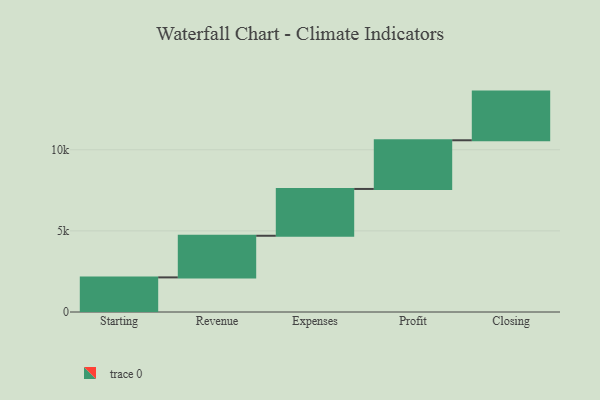
{"axis": {"x": "Step", "y": "Value"}, "legend": [""], "data": [{"x": "Starting", "y": 2133.0, "type": ""}, {"x": "Revenue", "y": 2566.0, "type": ""}, {"x": "Expenses", "y": 2885.0, "type": ""}, {"x": "Profit", "y": 3000, "type": ""}, {"x": "Closing", "y": 3000, "type": ""}]}